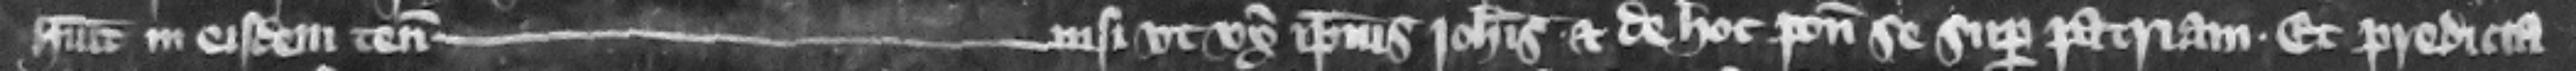
habuit in eisdem tenementis --- nisi vt vxor ipsius Iohannis. Et de hoc ponit se super patriam. Et predicta